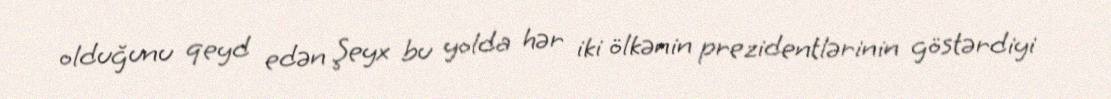
olduğunu qeyd edən Şeyx bu yolda hər iki ölkənin prezidentlərinin göstərdiyi